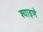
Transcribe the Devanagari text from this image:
श्याइणे